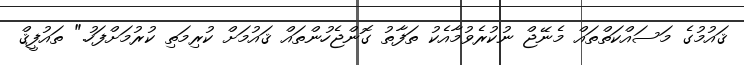
ޤައުމުގެ މަސައްކަތްތައް މެނޭޖް ނުކުރެވުމާއެކު ތަފާތު ގޮންޖެހުންތައް ޤައުމަށް ކުރިމަތި ކުރުމަށްފަހު." ތައުފީޤް